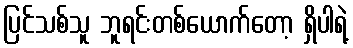
ပြင်သစ်သူ ဘူရင်းတစ်ယောက်တော့ ရှိပါရဲ့